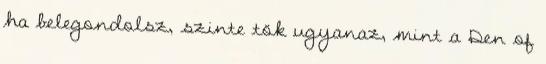
ha belegondolsz, szinte tök ugyanaz, mint a Den of